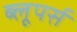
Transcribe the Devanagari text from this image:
ब्लूपर्स